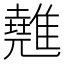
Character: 𩀸